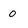
Character: O